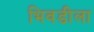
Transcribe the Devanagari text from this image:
भिवडीला